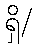
ရှိ/